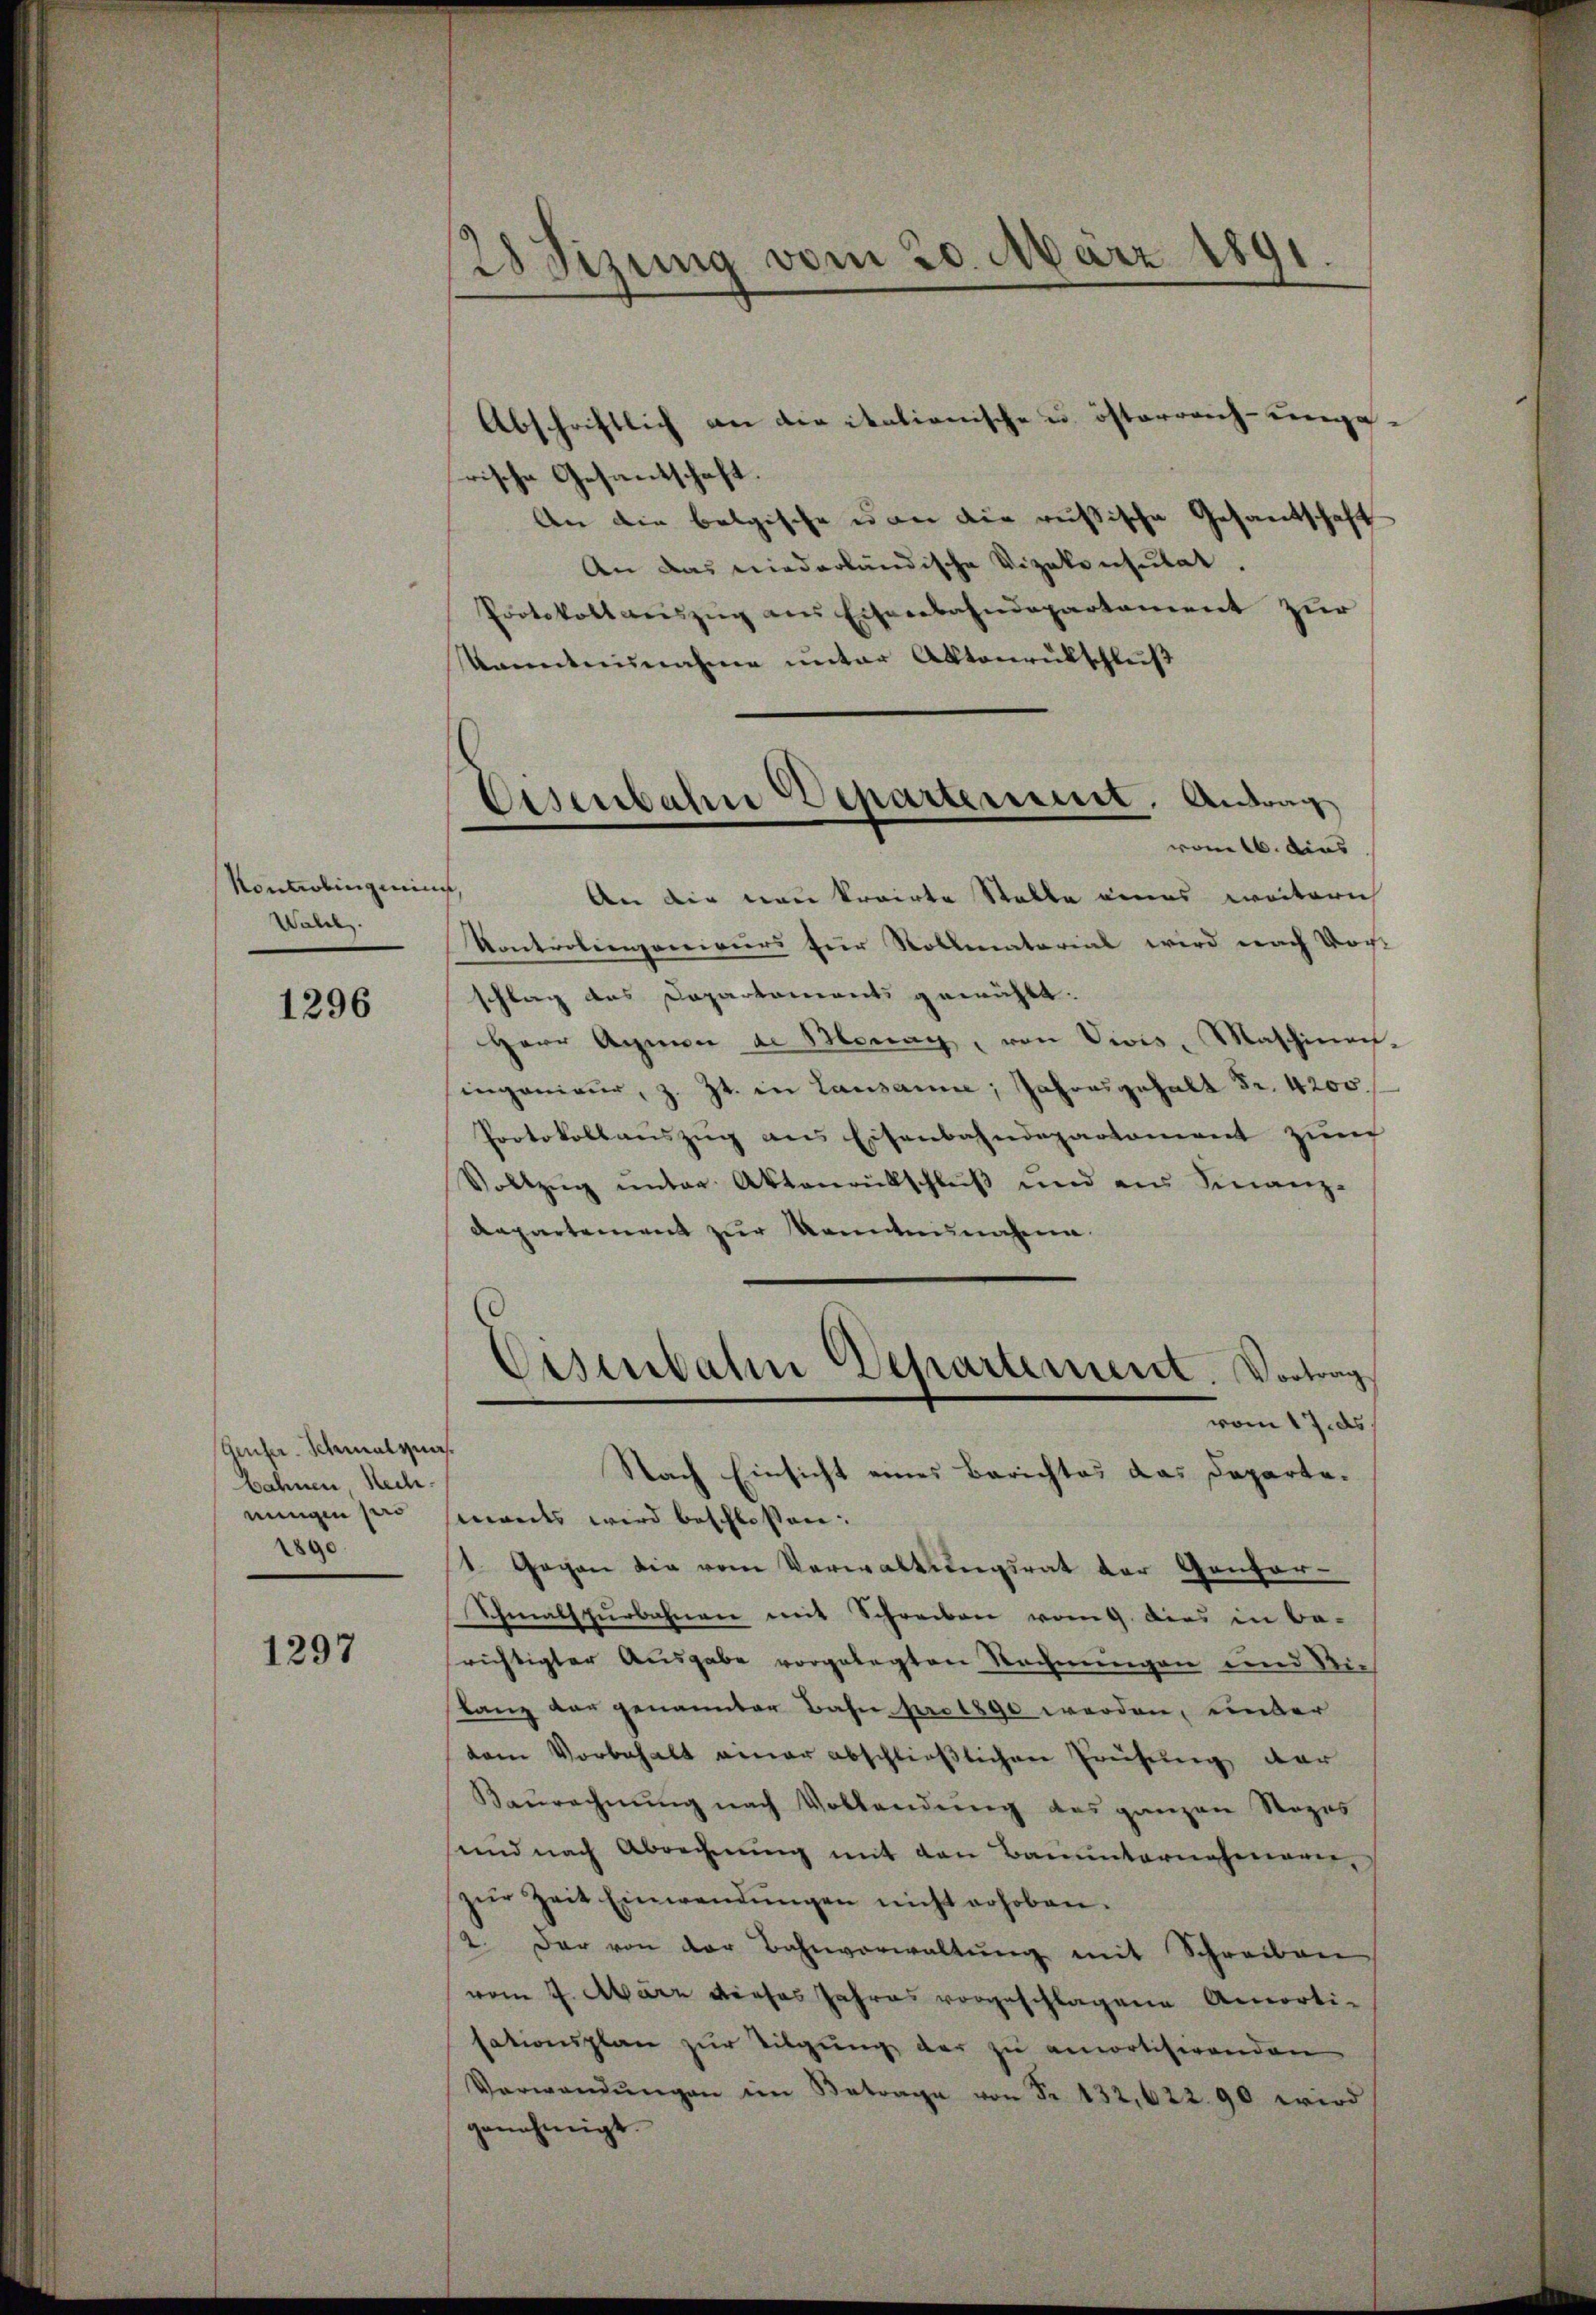
Kontrolingen,
Walel.

1296

Genfer-Schmalznasbahnen, Rech
ningen sero
2890

1297

28 Sizung vom 20. März 1891

Abschriftlich an die italienische u. österreich-ungarische Gesantschaft.
An die belgische er an die russische Gesandtschaft
An das niederländische Vizekonsulat.
Protokollweiszug aus Eisenbahndepartament zur
Komiteinahen unter Aktenrutschluß
An die neue kroirte Stelle eines weitern
Kontrolingenieurs für Vollmatorial wird nach Vor-
schlag des Departements gewählt.
Herr Armen de Monay, von Vivis, Maschinen-
ingenieur, z. Zt. in Lausanne, Jahresgehalt Fr. 4200.
Protokollauszug aus Eisenbahndepartement zum
Vollzug unter Aktenrutschluß und aus Finanz-
Aapartement zur Kenntnisnahmen.
Eisenbahn Departement. Vortrag
vom 17. ds.
Nach Einsicht eines Berichtes das Departemans wird beschlossen:
1. Gegen die vom Verwaltungsrat der Gonfor-
Schmalspurbahnen mit Schreiben vom 9. dies in be-
richtigter Ausgabe vorgelegten Rechnungen und die
lang dar genannter Bahn pro 1890 werden, unter
dem Vorbehalt einer abschlieβlichen Prüfung der
Baŭrechnŭng nach Vollendung das ganzen Stozes
und nach Abrechnung mit den Bauunternahmerie
zŭr Zeit Einwendŭngen nicht erhoben.
2. Der von der Bahnverwaltŭng mit Schreiben
vom 4. März dieses Jahres vorgeschlagene Amorti-
sationsplan zur Tilgung der zu amortisirenden
Verwandŭngen im Betrage von Fr. 132,622. 90 wird
genehmigt.

Eisenbahne Departement. Antrag
vom 16. dies